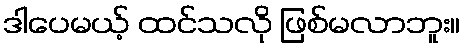
ဒါပေမယ့် ထင်သလို ဖြစ်မလာဘူး။